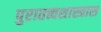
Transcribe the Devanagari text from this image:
पुरातत्त्वशास्त्रास